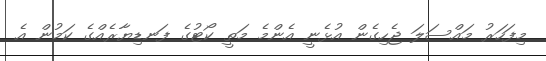
މިފަހަރު މައްސަލަ ޖެހިގެން އުޅެނީ އެންމެ މަތީ ކޯޓުގެ ފަނޑިޔާރެއްގެ ކަމުން އެ